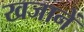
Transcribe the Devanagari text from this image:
खजानें